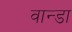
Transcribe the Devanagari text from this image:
वान्डा